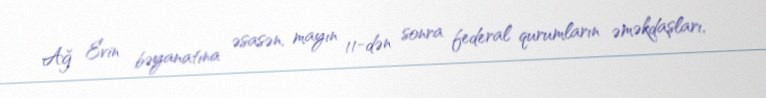
Ağ Evin bəyanatına əsasən, mayın 11-dən sonra federal qurumların əməkdaşları,